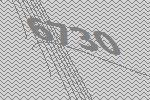
6730